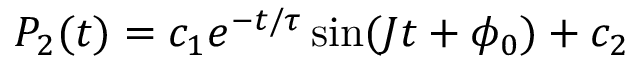
P _ { 2 } ( t ) = c _ { 1 } e ^ { - t / \tau } \sin ( J t + \phi _ { 0 } ) + c _ { 2 }